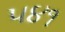
૫૪૧